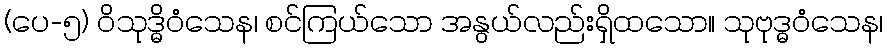
(ပေ-၅) ဝိသုဒ္ဓိဝံသေန၊ စင်ကြယ်သော အနွယ်လည်းရှိထသော။ သုဗုဒ္ဓဝံသေန၊